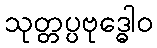
သုတ္တပ္ပဗုဒ္ဓေါဝ